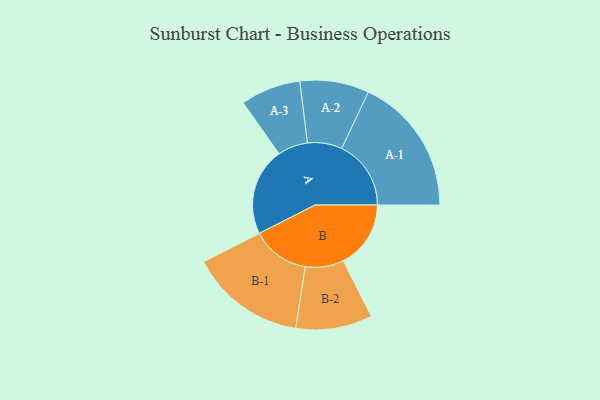
{"axis": {"x": "Segment", "y": "Value"}, "legend": ["", "A", "B"], "data": [{"x": "A", "y": 353, "type": ""}, {"x": "B", "y": 272, "type": ""}, {"x": "A-1", "y": 279, "type": "A"}, {"x": "A-2", "y": 139, "type": "A"}, {"x": "A-3", "y": 121, "type": "A"}, {"x": "B-1", "y": 233, "type": "B"}, {"x": "B-2", "y": 154, "type": "B"}]}